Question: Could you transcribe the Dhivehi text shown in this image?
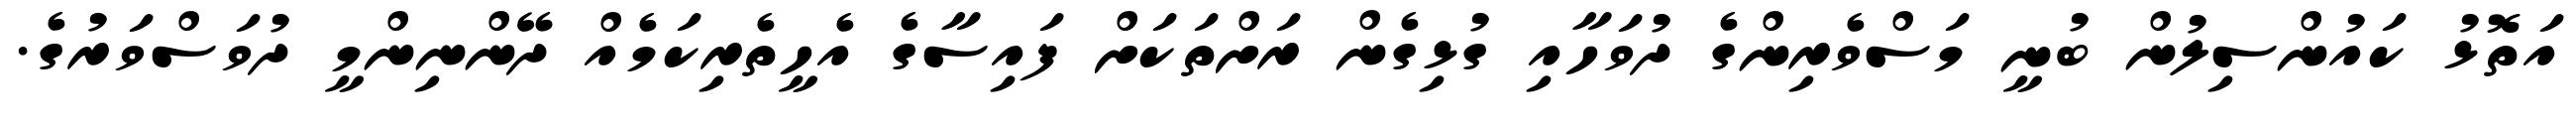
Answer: އަތޮޅު ކައުންސިލުން ބުނީ މަސްވެރިންގެ ދުވަހާއި ގުޅިގެން ރަށްތަކަށް ފައިސާގެ އެހީތެރިކަމެއް ދޭންނިންމީ ދުވަސްވަރުގެ.